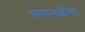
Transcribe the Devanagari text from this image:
साराभाईंच्या